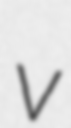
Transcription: v